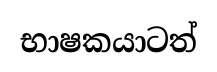
භාෂකයාටත්